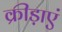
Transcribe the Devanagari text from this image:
क्रीड़ाएं